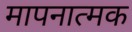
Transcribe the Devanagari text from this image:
मापनात्मक